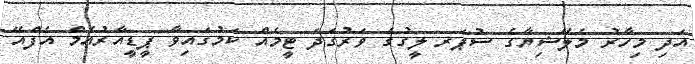
އަދި މިހާރު މެލޭޝިޔާގެ ސުޕަރ ލީގުގެ ވަރުގަދަ ޓީމެއް ކަމުގައިވާ ޕީޑީއާރުއެމް އެފްއޭ